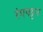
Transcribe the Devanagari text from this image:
रंगपट्टन